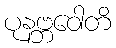
ပုနဗ္ဘဝေါတိ